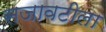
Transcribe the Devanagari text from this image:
सजावटीला